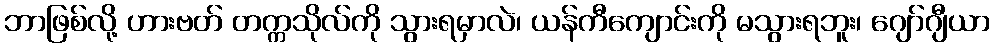
ဘာဖြစ်လို့ ဟားဗတ် တက္ကသိုလ်ကို သွားရမှာလဲ၊ ယန်ကီကျောင်းကို မသွားရဘူး၊ ဂျော်ဂျီယာ